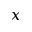
x